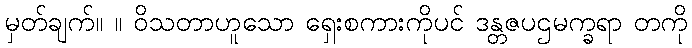
မှတ်ချက်။ ။ ဝိသတာဟူသော ရှေးစကားကိုပင် ဒန္တဇပဌမက္ခရာ တကို